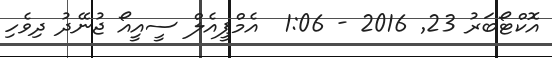
އޮކްޓޯބަރު 23